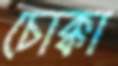
চোক্কা